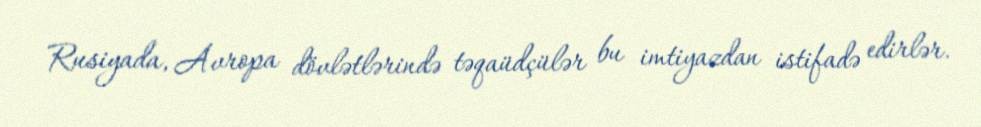
Rusiyada, Avropa dövlətlərində təqaüdçülər bu imtiyazdan istifadə edirlər.